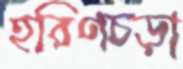
হরিণচড়া